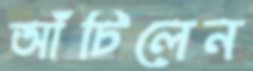
আঁচিলেন